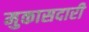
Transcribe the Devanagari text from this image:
मुकासदारी